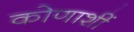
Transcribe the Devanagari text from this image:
कोणाशीं